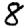
Digit: 8